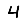
Digit: 4